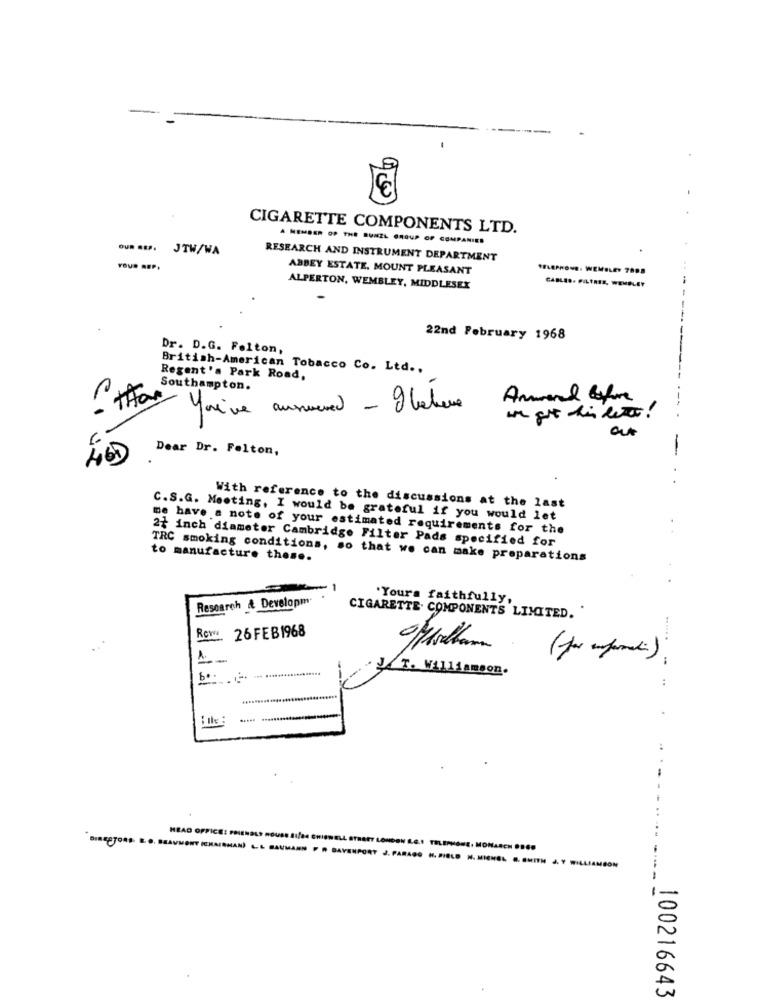
CIGARETTE COMPONENTS LTD.
A MEMBER OF THE SUNZL GROUP OF COMPANIES
JTW/WA
RESEARCH AND INSTRUMENT DEPARTMENT
YOUR REP.
ABBEY ESTATE, MOUNT PLEASANT
PFLEPRONS. WEMBLEY 7808
ALPERTON, WEMBLEY, MIDDLESEX
CABLES. FILTRES, WEMBLEY
22nd February 1968
Dr. D.G. Felton,
British-American Tobacco Co. Ltd ..
Regent's Park Road,
Southampton.
THE
Amarad before
You've answered - I behere
Dear Dr. Felton,
-
With reference to the discussions at the last
C.S.G. Meeting, I would be grateful if you would let
me have a note of your estimated requirements for the
2+ inch diameter Cambridge Filter Pads specified for
TRC smoking conditions, so that we can make preparations
to manufacture these.
Research 4 Developm
'Yours faithfully,
CIGARETTE. COMPONENTS LIMITED. "
26 FEB1968
.....
T. Williamson.
..
-
HEAD OFFICE: FRIENDLY HOUSE A1/84 CHISNELL STREET LONDON E.G.I. TELEPHONE. MONAREN ODED
"DInagyona. B.O. BEAUMONT (CHAIRMAN) L.L BAUMANN P A DAVENPORT J. PARAGO H.DIELD N. MICHEL B. SMITH J. Y WILLIAMSON
100216643